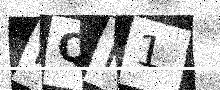
Text: MQP1